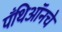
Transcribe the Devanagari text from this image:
पँथिऑनचे